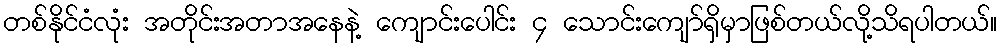
တစ်နိုင်ငံလုံး အတိုင်းအတာအနေနဲ့ ကျောင်းပေါင်း ၄ သောင်းကျော်ရှိမှာဖြစ်တယ်လို့သိရပါတယ်။